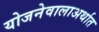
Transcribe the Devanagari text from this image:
योजनेवालाअर्थात